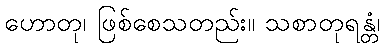
ဟောတု၊ ဖြစ်စေသတည်း။ သစာတုရန္တံ၊